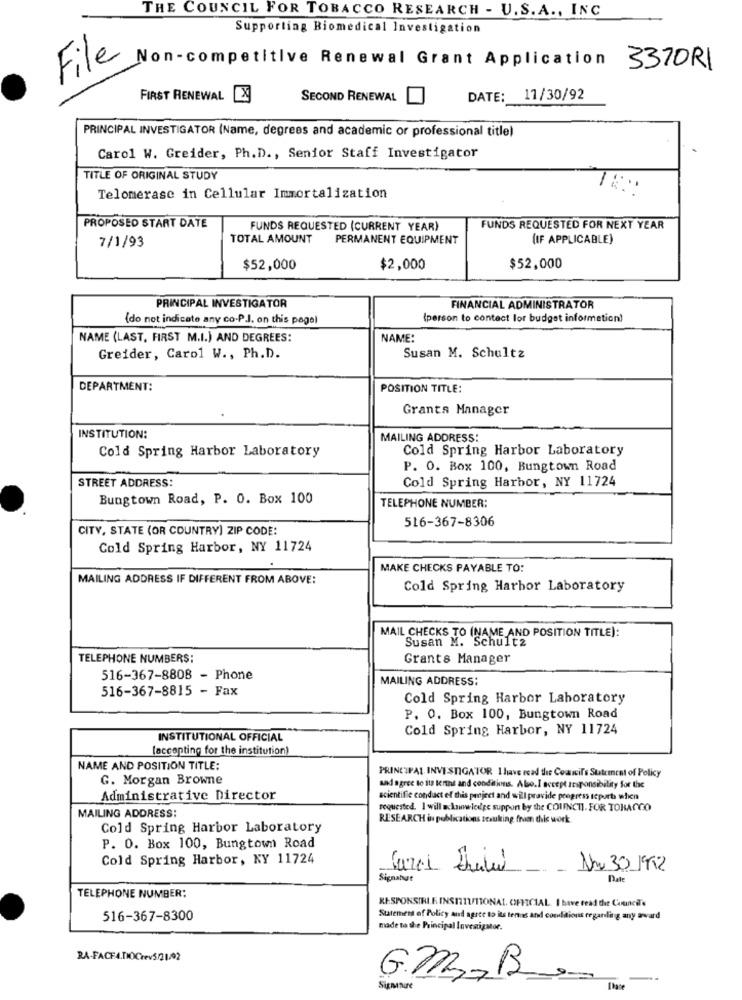
THE COUNCIL FOR TOBACCO RESEARCH - U.S. A ., INC.
Supporting Biomedical Investigation
File
Non-competitive Renewal Grant Application
3370R1
FIRST RENEWAL
X
SECOND RENEWAL
DATE:
11/30/92
PRINCIPAL INVESTIGATOR (Name, degrees and academic or professional title)
Carol W. Greider, Ph.D ., Senior Staff Investigator
TITLE OF ORIGINAL STUDY
Telomerase in Cellular Immortalization
PROPOSED START DATE
FUNDS REQUESTED (CURRENT YEAR)
FUNDS REQUESTED FOR NEXT YEAR
TOTAL AMOUNT
PERMANENT EQUIPMENT
(IF APPLICABLE)
7/1/93
$52,000
$2,000
$52,000
PRINCIPAL INVESTIGATOR
FINANCIAL ADMINISTRATOR
(do not indicate any co-P.J. on this pagel
(person to contact lor budget information)
NAME (LAST, FIRST M.I.) AND DEGREES:
NAME:
Greider, Carol W ., Ph.D.
Susan M. Schultz
DEPARTMENT:
POSITION TITLE:
Grants Manager
INSTITUTION:
MAILING ADDRESS:
Cold Spring Harbor Laboratory
Cold Spring Harbor Laboratory
P. O. Box 100, Bungtown Road
STREET ADDRESS:
Cold Spring Harbor, NY 11724
Bungtown Road, P. O. Box 100
TELEPHONE NUMBER:
516-367-8306
CITY, STATE (OR COUNTRY] ZIP CODE:
Cold Spring Harbor, NY 11724
MAKE CHECKS PAYABLE TO:
MAILING ADDRESS IF DIFFERENT FROM ABOVE:
Cold Spring Harbor Laboratory
MAIL CHECKS TO (NAME AND POSITION TITLE):
Susan M. Schultz
TELEPHONE NUMBERS:
Grants Manager
516-367-8808 - Phone
MAILING ADDRESS:
516-367-8815 - Fax
Cold Spring Harbor Laboratory
P. O. Box 100, Bungtown Road
Cold Spring Harbor, NY 11724
INSTITUTIONAL OFFICIAL
[accepting for the institution)
NAME AND POSITION TITLE:
PRINCIPAL INVESTIGATOR 1 have read the Council's Statement of Policy
G. Morgan Browne
and agree to ite terne and conditions. Also.I accept responsibility for the
Administrative Director
scientific conduct el this project and will provide progress tcpurb when
MAILING ADDRESS:
requested. I will acknowledge suppon by the COUNCIL. FOR TOBACCO
RESEARCH in publications resulting fruen chile work
Cold Spring Harbor Laboratory
P. O. Box 100, Bungtown Road
Cold Spring Harbor, KY 11724
Uno 30 192
Signatur
Date
TELEPHONE NUMBER:
RESPONSIBLE INSTITUTIONAL. OFFICIAL. I have read the Council's
516-367-8300
Statement of Policy and agree to its tens and conditions regarling any award
made to the Principal Investigator.
RA-FACE4.DOCrev5/21/02
GM,B
,-
Signınıre
[hace